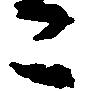
こ